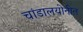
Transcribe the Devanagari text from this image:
चांडालयोनीत